Vaccination in the Punjab 1867-1880 - 1867-1880
Year: 1867
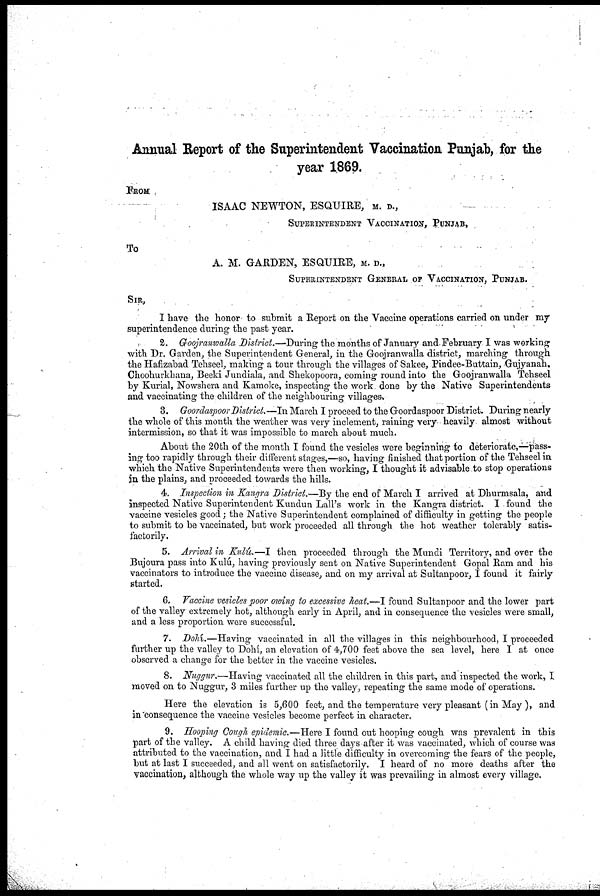
Annual Report of the Superintendent Vaccination Punjab, for the
year 1869.
FROM
ISAAC NEWTON, ESQUIRE, M. D.,
SUPERINTENDENT VACCINATION, PUNJAB,
To
A. M. GARDEN, ESQUIRE, M. D.,
SUPERINTENDENT GENERAL OF VACCINATION, PUNJAB.
SIR,
I have the honor to submit a Report on the Vaccine operations carried on under my
superintendence during the past year.
2. Goojranwalla District.—During- the months of January and February I was working
with Dr. Garden, the Superintendent General, in the Goojranwalla district, marching through
the Hafizabad Tehseel, making a tour through the villages of Sakee, Pindee-Buttain, Gujyanah,
Choohurkhana, Beeki Jundiala, and Shekopoora, coming round into the Goojranwalla Tehseel
by Kurial, Nowshera and Kamoke, inspecting the work done by the Native Superintendents
and vaccinating the children of the neighbouring villages.
3. Goordaspoor District.—In March I proceed to the Goordaspoor District. During nearly
the whole of this month the weather was very inclement, raining very heavily almost without
intermission, so that it was impossible to march about much.
About the 20th of the month I found the vesicles were beginning to deteriorate,—pass-
ing too rapidly through their different stages,—so, having finished that portion of the Tehseel in
which the Native Superintendents were then working, I thought it advisable to stop operations
in the plains, and proceeded towards the hills.
4. Inspection in Kangra District.—By the end of March I arrived at Dhurmsala, and
inspected Native Superintendent Kundun Lall's work in the Kangra district. I found the
vaccine vesicles good; the Native Superintendent complained of difficulty in getting the people
to submit to be vaccinated, but work proceeded all through the hot weather tolerably satis-
factorily.
5. Arrival in Kulú.—I then proceeded through the Mundi Territory, and over the
Bujoura pass into Kulú, having previously sent on Native Superintendent Gopal Ram and his
vaccinators to introduce the vaccine disease, and on my arrival at Sultanpoor, I found it fairly
started.
6. Vaccine vesicles poor owing to excessive heat.—I found Sultanpoor and the lower part
of the valley extremely hot, although early in April, and in consequence the vesicles were small,
and a less proportion were successful.
7. Dohí.—Having vaccinated in all the villages in this neighbourhood, I proceeded
further up the valley to Dohí, an elevation of 4,700 feet above the sea level, here I at once
observed a change for the better in the vaccine vesicles.
8. Nuggur.—Having vaccinated all the children in this part, and inspected the work, I
moved on to Nuggur, 3 miles further up the valley, repeating the same mode of operations.
Here the elevation is 5,600 feet, and the temperature very pleasant (in May ), and
in consequence the vaccine vesicles become perfect in character.
9. Hooping Cough epidemic.—Here I found out hooping cough was prevalent in this
part of the valley. A child having died three days after it was vaccinated, which of course was
attributed to the vaccination, and I had a little difficulty in overcoming the fears of the people,
but at last I succeeded, and all went on satisfactorily. I heard of no more deaths after the
vaccination, although the whole way up the valley it was prevailing in almost every village.